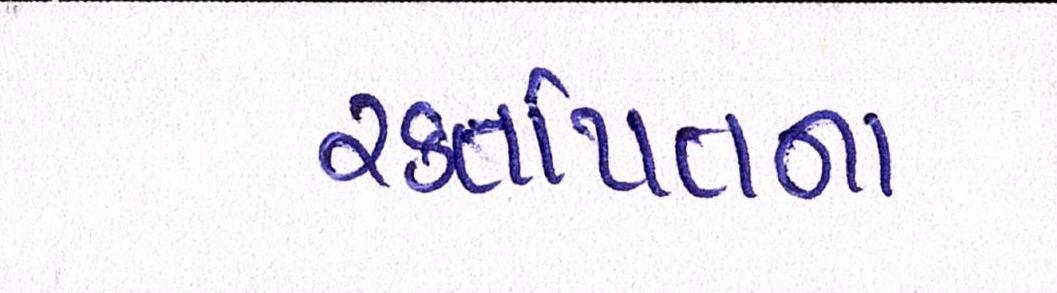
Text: રક્તપિતના